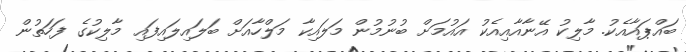
ބައްޕައާއެކު. މާލިކު އޭނާއާއިއެކު އައުމަށް ބުނުމުން މަލައިކާ މަލްހާއަށް ބަލައިލައިފައި މާލިކުގެ ފަހަތުން